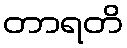
တာရတိ